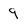
Character: q